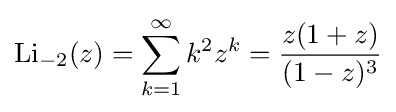
\operatorname {Li} _{-2}(z)=\sum _{k=1}^{\infty }k^{2}z^{k}={\frac {z(1+z)}{(1-z)^{3}}}